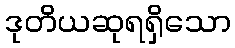
ဒုတိယဆုရရှိသော